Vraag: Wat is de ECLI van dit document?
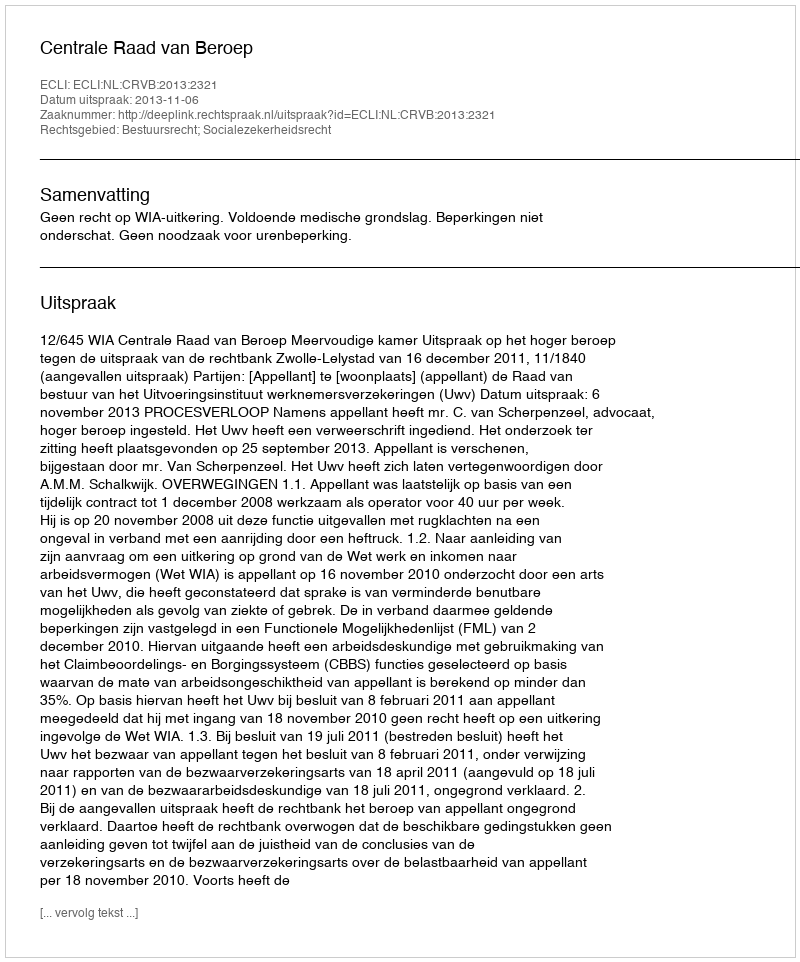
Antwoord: ECLI:NL:CRVB:2013:2321